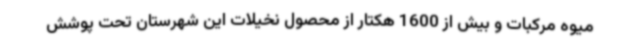
میوه مرکبات و بیش از 1600 هکتار از محصول نخیلات این شهرستان تحت پوشش